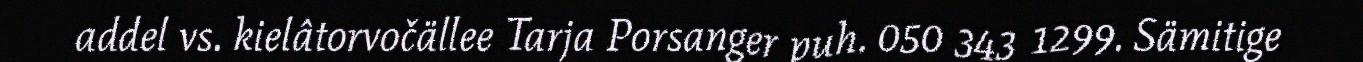
addel vs. kielâtorvočällee Tarja Porsanger puh. 050 343 1299. Sämitige